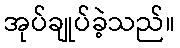
အုပ်ချုပ်ခဲ့သည်။